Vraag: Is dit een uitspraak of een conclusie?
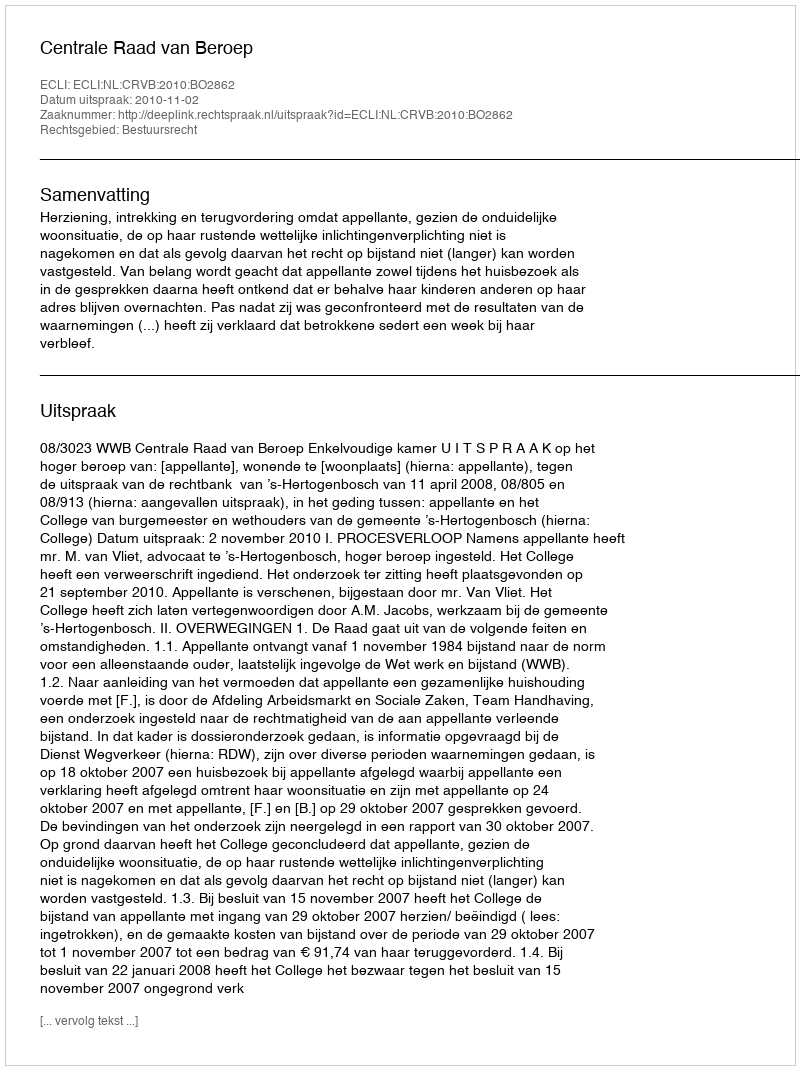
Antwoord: Uitspraak